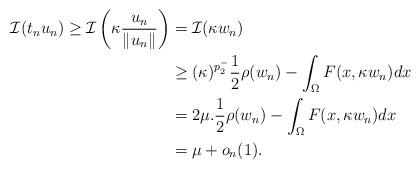
LaTeX: \begin{align*} \mathcal{I}(t_n u_n) \geq \mathcal{I}\left(\kappa \frac{u_n}{\|u_n\|}\right)&= \mathcal{I}(\kappa w_n)\\&\geq (\kappa)^{p_2^-} \frac{1}{2}\rho(w_n)-\int_{\Omega}F(x,\kappa w_n)dx\\&=2\mu. \frac{1}{2}\rho(w_n)-\int_{\Omega}F(x,\kappa w_n)dx\\ &= \mu + o_n(1).\end{align*}